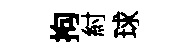
拘紂球